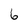
Character: 6